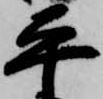
平